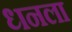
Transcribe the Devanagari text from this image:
ध्‍ानला